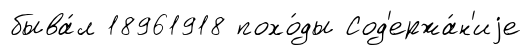
быва́л 18961918 похо́ды Сод'ержа́н'иjе